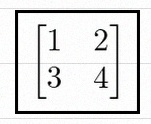
\begin{bmatrix}1&2\\3&4\end{bmatrix}